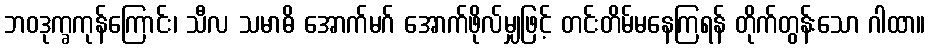
ဘဝဒုက္ခကုန်ကြောင်း၊ သီလ သမာဓိ အောက်မဂ် အောက်ဖိုလ်မျှဖြင့် တင်းတိမ်မနေကြရန် တိုက်တွန်းသော ဂါထာ။